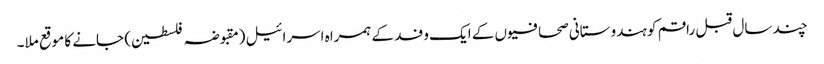
چند سال قبل راقم کو ہندوستانی صحافیوں کے ایک وفد کے ہمراہ اسرائیل (مقبوضہ فلسطین) جانے کا موقع ملا۔